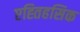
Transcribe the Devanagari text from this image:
एह्तिहसिक